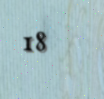
18